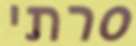
סרתי